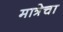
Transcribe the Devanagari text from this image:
मात्रेचा